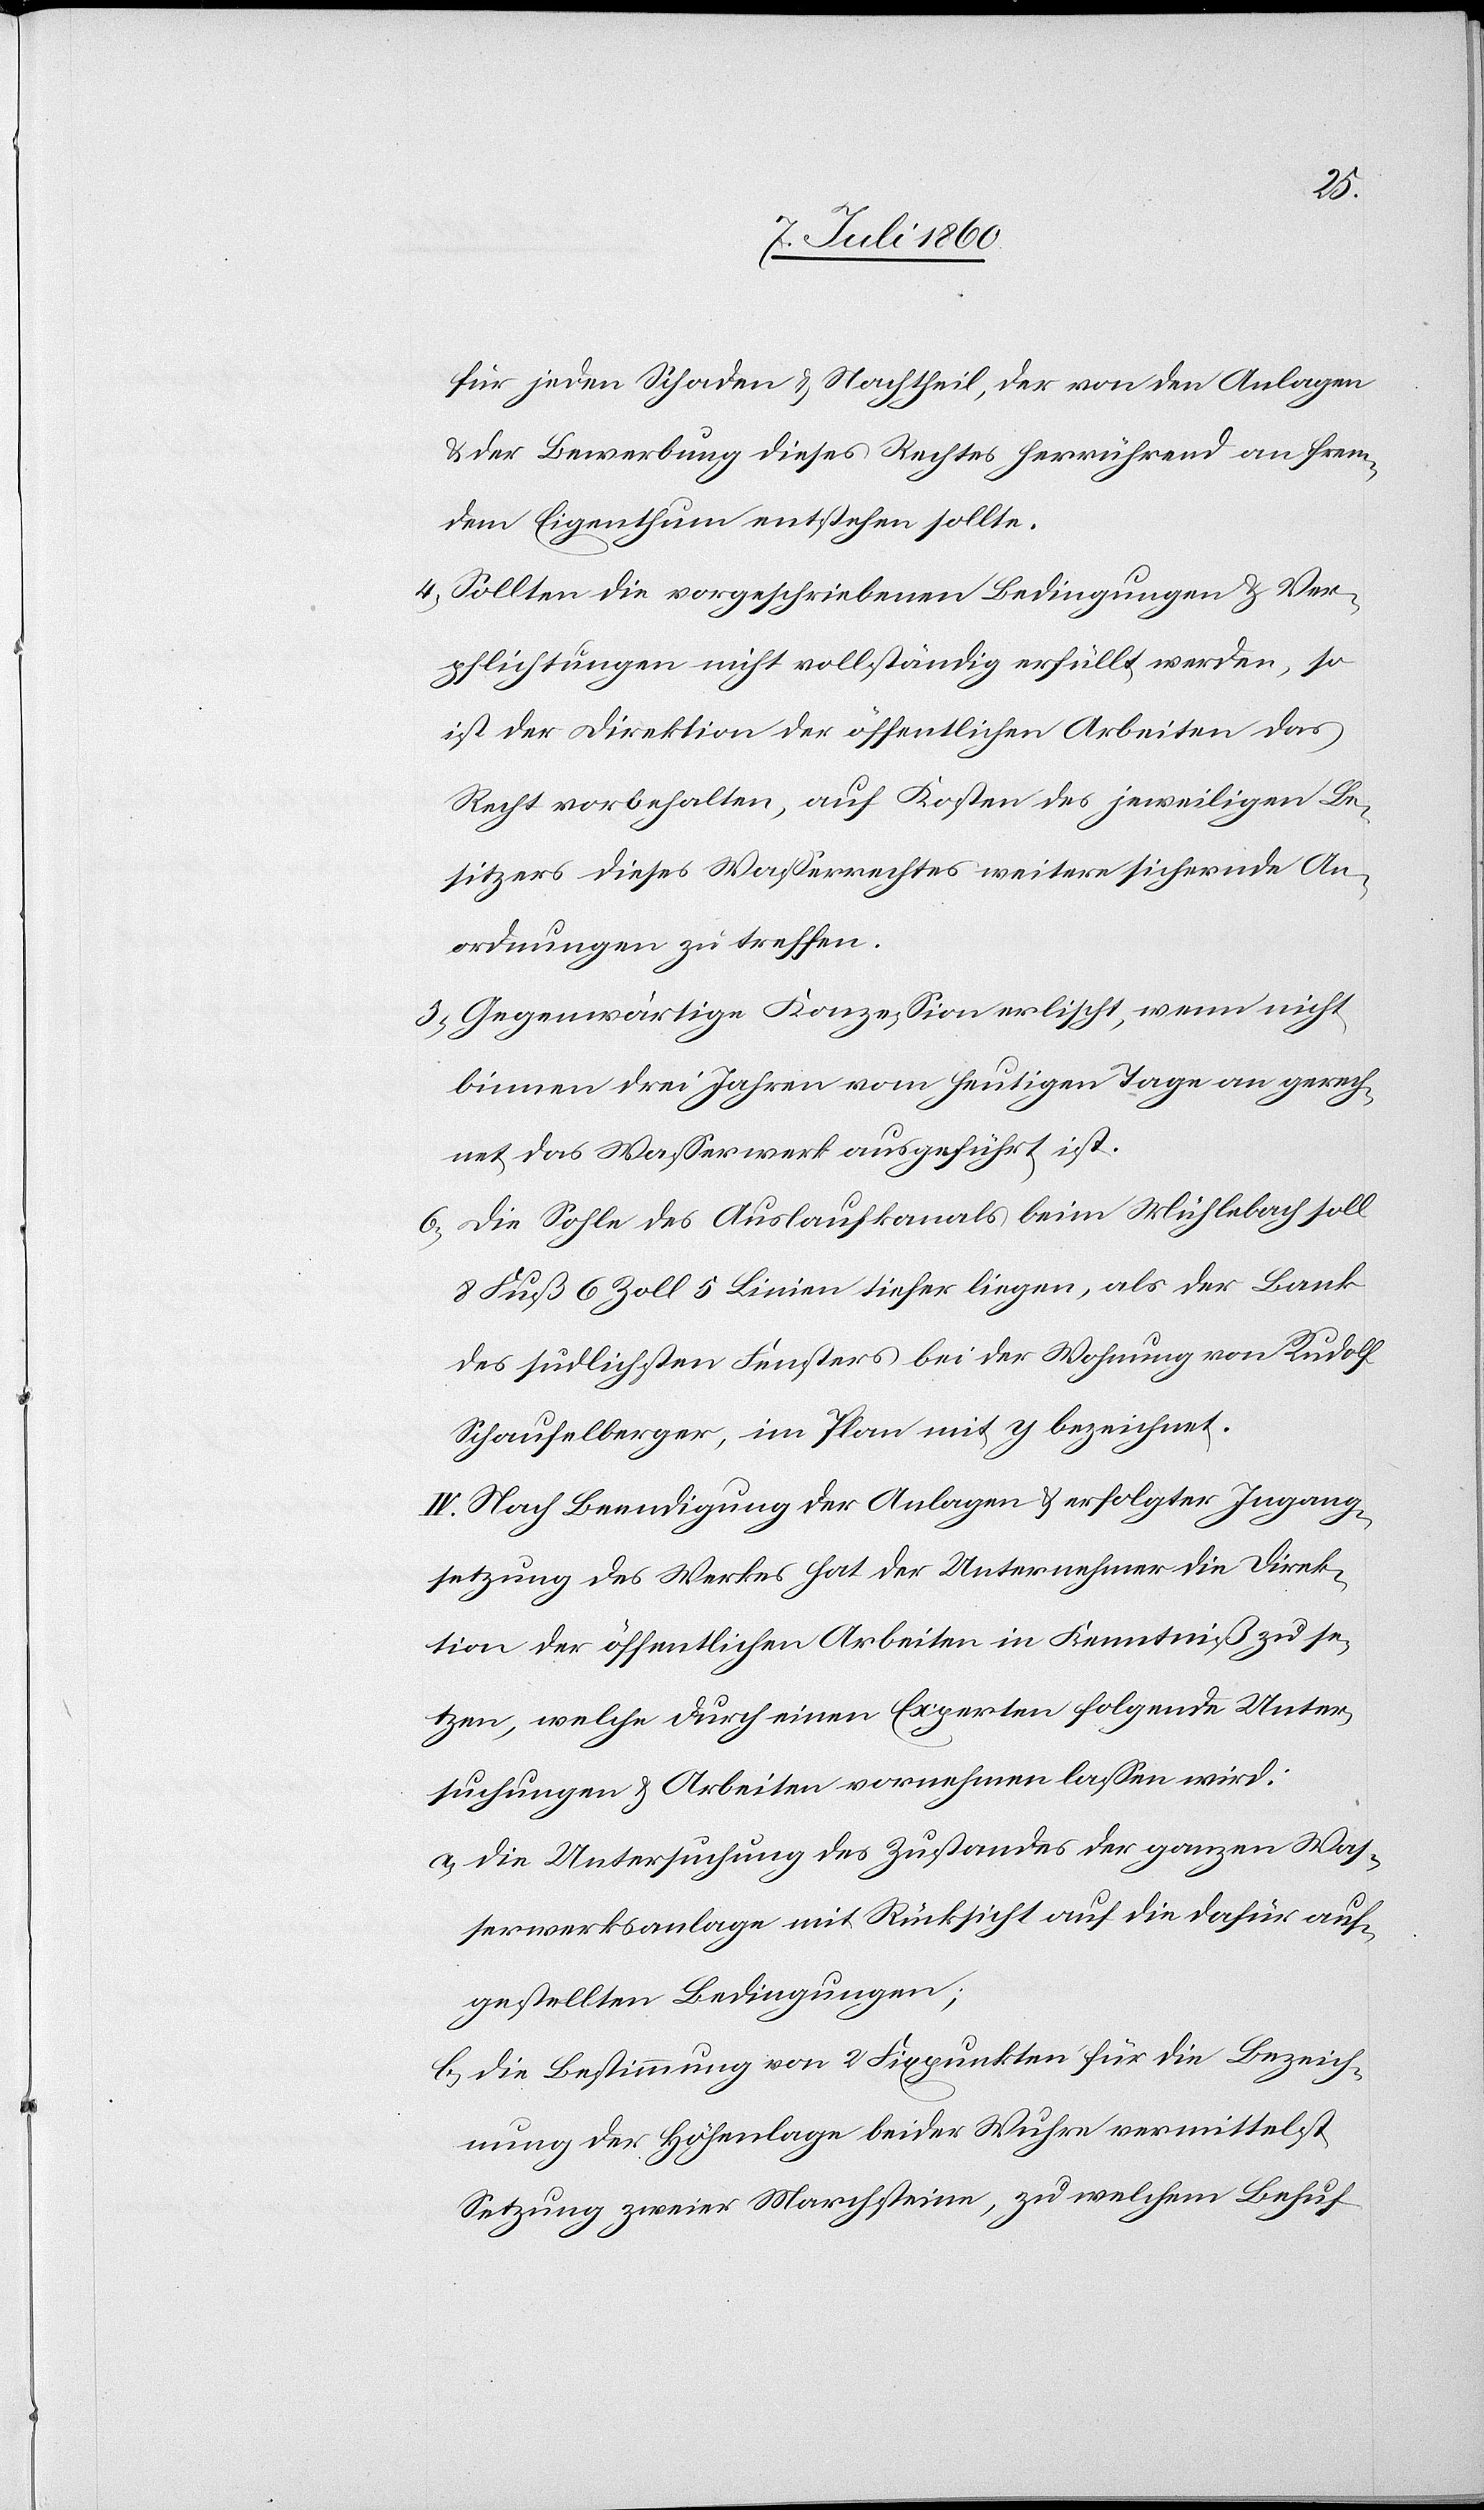
für jeden Schaden & Nachtheil, der von den Anlagen
& der Bewerbung dieses Rechtes herrührend an frem¬
dem Eigenthum entstehen sollte.
4. Sollten die vorgeschriebenen Bedingungen & Ver¬
pflichtungen nicht vollständig erfüllt werden, so
ist der Direktion der öffentlichen Arbeiten das
Recht vorbehalten, auf Kosten des jeweiligen Be¬
sitzers dieses Wasserrechtes weitere sichernde An¬
ordnungen zu treffen.
5. Gegenwärtige Konzession erlischt, wenn nicht
binnen drei Jahren vom heutigen Tage an gerech¬
net das Wasserwerk ausgeführt ist.
6. Die Sohle des Auslaufkanals beim Mühlebach soll
8 Fuß 6 Zoll 5 Linien tiefer liegen, als der Bank
des südlichsten Fensters bei der Wohnung von Rudolf
Schaufelberger, im Plan mit y bezeichnet.
IV. Nach Beendigung der Anlagen & erfolgter Ingang¬
setzung des Werkes hat der Unternehmer die Direk¬
tion der öffentlichen Arbeiten in Kenntniß zu se¬
tzen, welche durch einen Experten folgende Unter¬
suchungen & Arbeiten vornehmen lassen wird:
a. Die Untersuchung des Zustandes der ganzen Was¬
serwerksanlage mit Rücksicht auf die dafür auf¬
gestellten Bedingungen;
b. Die Bestimmung von Fixpunkten für die Bezeich¬
nung der Höhenlage bei der Wuhre vermittelst
Setzung zweier Marchsteine, zu welchem Behuf